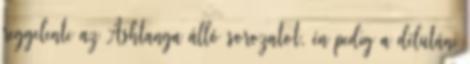
reggelente az Ashtanga álló sorozatot, én pedig a délutáni